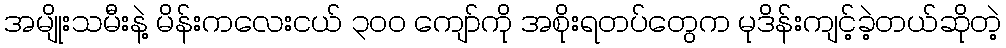
အမျိုးသမီးနဲ့ မိန်းကလေးငယ် ၃၀၀ ကျော်ကို အစိုးရတပ်တွေက မုဒိန်းကျင့်ခဲ့တယ်ဆိုတဲ့